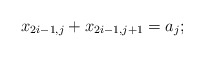
\begin{align*} x_{2i-1,j} + x_{2i-1,j+1}=a_j;\end{align*}